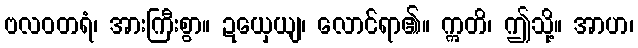
ဗလဝတရံ၊ အားကြီးစွာ။ ဍယှေယျ၊ လောင်ရာ၏။ ဣတိ၊ ဤသို့။ အာဟ၊